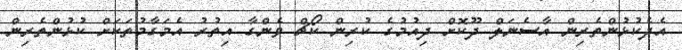
އެދެކުޅުންތެރިން އާސެނަލް ދޫކޮށް ދިއުމުގެ ކުރިން ކޯޗް ވެންގާ އިތުރު އެމަގާމުތަކަށް ކުޅުންތެރިން